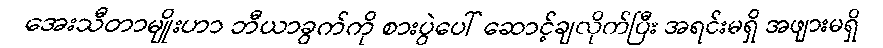
အေးသီတာမျိုးဟာ ဘီယာခွက်ကို စားပွဲပေါ် ဆောင့်ချလိုက်ပြီး အရင်းမရှိ အဖျားမရှိ